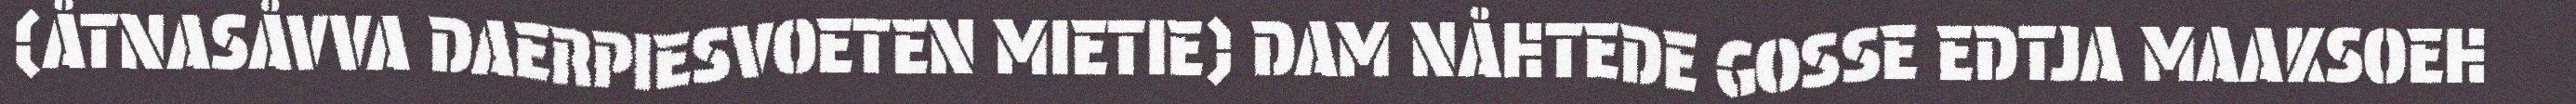
(ÅTNASÅVVA DAERPIESVOETEN MIETIE) DAM NÅHTEDE GOSSE EDTJA MAAKSOEH